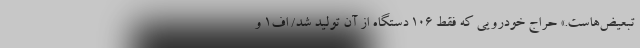
تبعیض‌هاست.» حراج خودرویی که فقط 106 دستگاه از آن تولید شد/ اف1 و